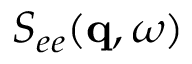
S _ { e e } ( \mathbf { q } , \omega )